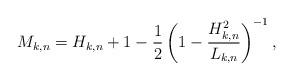
LaTeX: \begin{align*}M_{k,n}=H_{k,n}+1-\frac{1}{2}\left(1-\frac{H^2_{k,n}}{L_{k,n}}\right)^{-1},\end{align*}